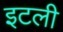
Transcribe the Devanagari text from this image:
इटली